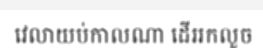
វេលាយប់កាលណា ដើររកលួច